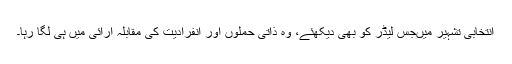
انتخابی تشہیر میںجس لیڈر کو بھی دیکھئے، وہ ذاتی حملوں اور انفرادیت کی مقابلہ آرائی میں ہی لگا رہا۔